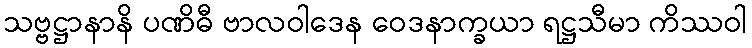
သဗ္ဗဋ္ဌာနာနိ ပဏိဓီ ဗာလဝါဒေန ဝေဒနာက္ခယာ ရဋ္ဌသီမာ ကိဿဝါ